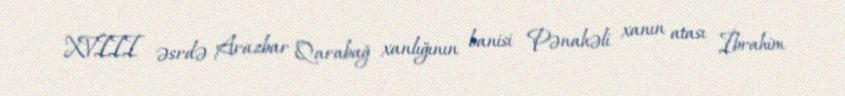
XVIII əsrdə Arazbar Qarabağ xanlığının banisi Pənahəli xanın atası İbrahim